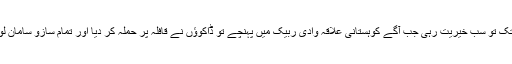
ہمدان تک تو سب خیریت رہی جب آگے کوہستانی علاقہ وادیٔ ربیک میں پہنچے تو ڈاکوؤں نے قافلہ پر حملہ کر دیا اور تمام سازو سامان لوٹ لیا۔